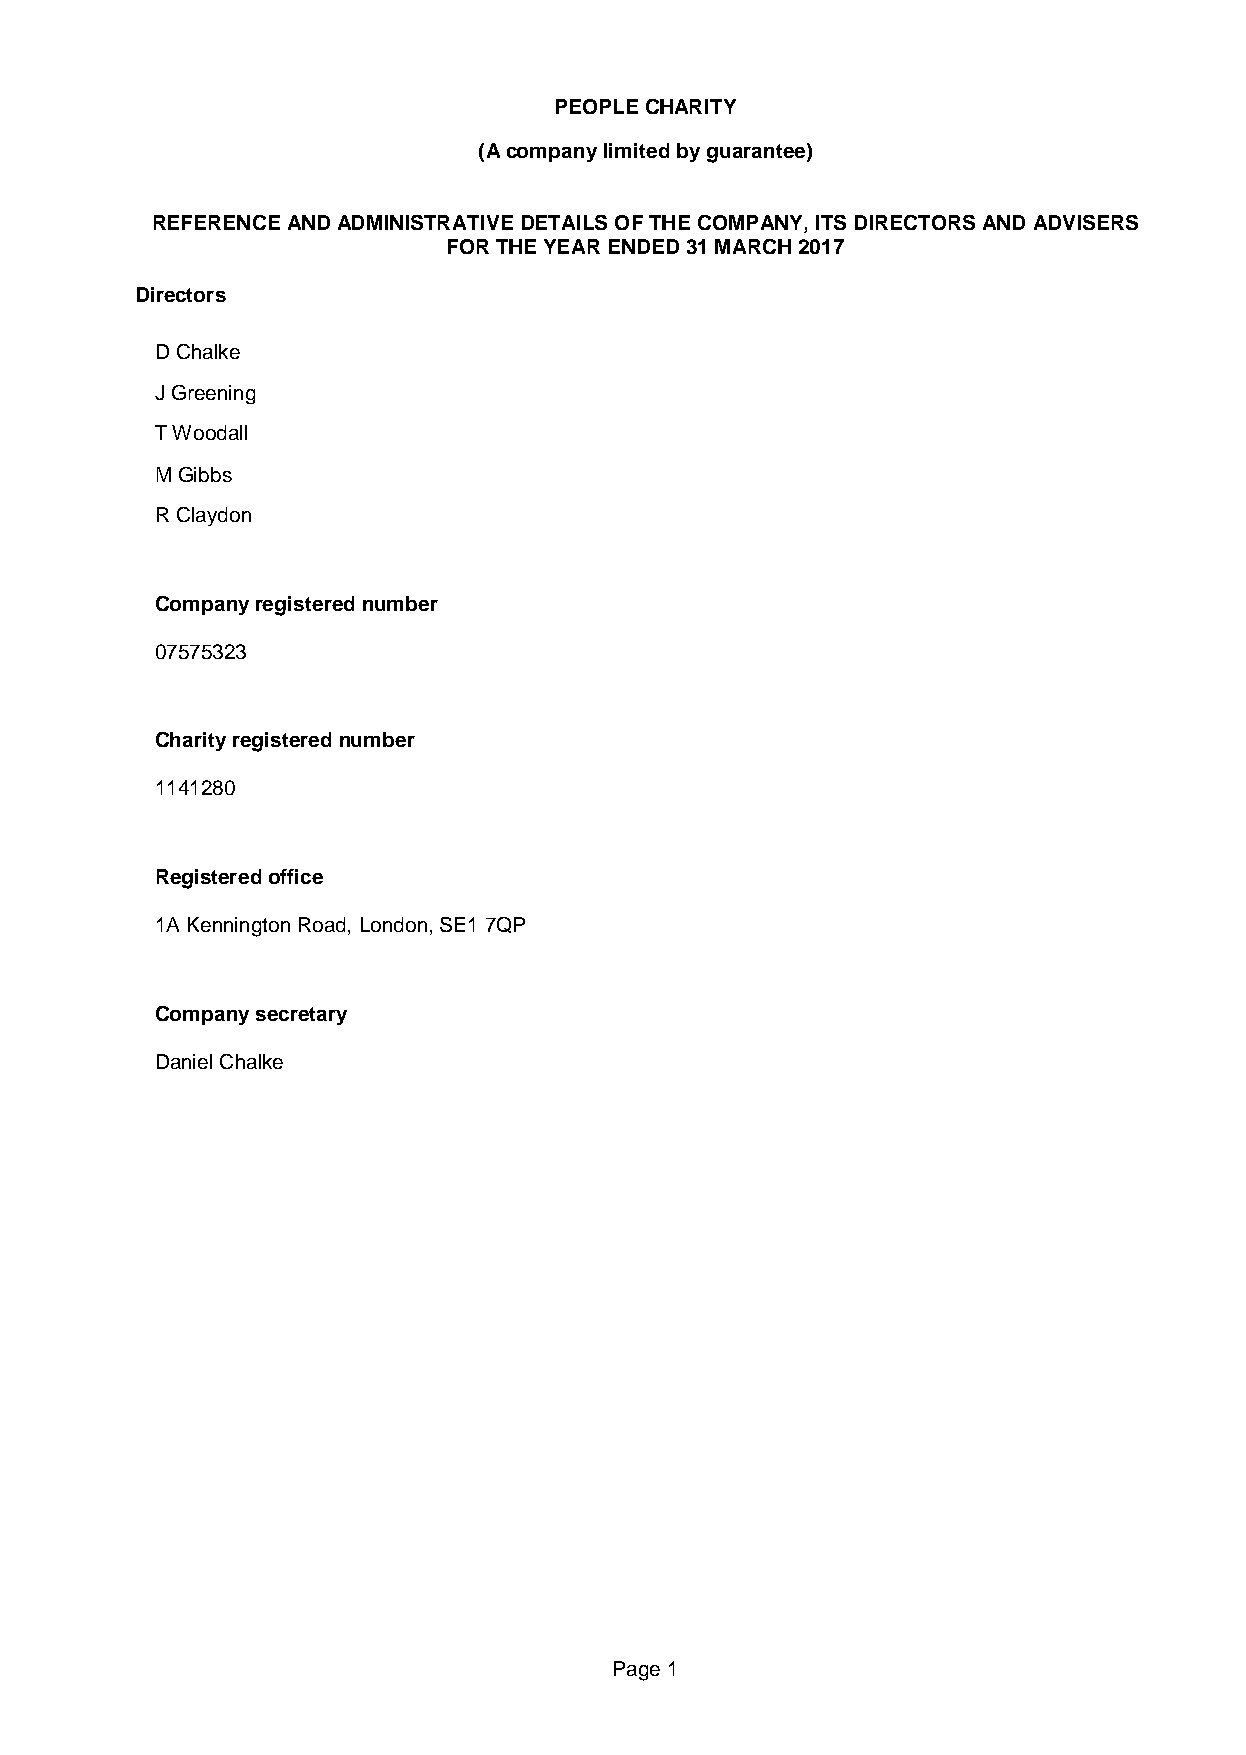
PEOPLE CHARITY
 (A company limited by guarantee)
 REFERENCE AND ADMINISTRATIVE DETAILS OF THE COMPANY, ITS DIRECTORS AND ADVISERS
 FOR THE YEAR ENDED 31 MARCH 2017
 Directors
 D Chalke
 J Greening
 T Woodall
 M Gibbs
 R Claydon
 Company registered number
 07575323
 Charity registered number
 1141280
 Registered office
 1A Kennington Road, London, SE1 7QP
 Company secretary
 Daniel Chalke
 Page 1